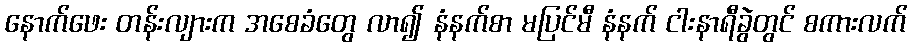
နောက်ဖေး တန်းလျားက အစေခံတွေ လာ၍ နံနက်စာ မပြင်မီ နံနက် ငါးနာရီခွဲတွင် စကားလက်